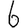
Digit: 6